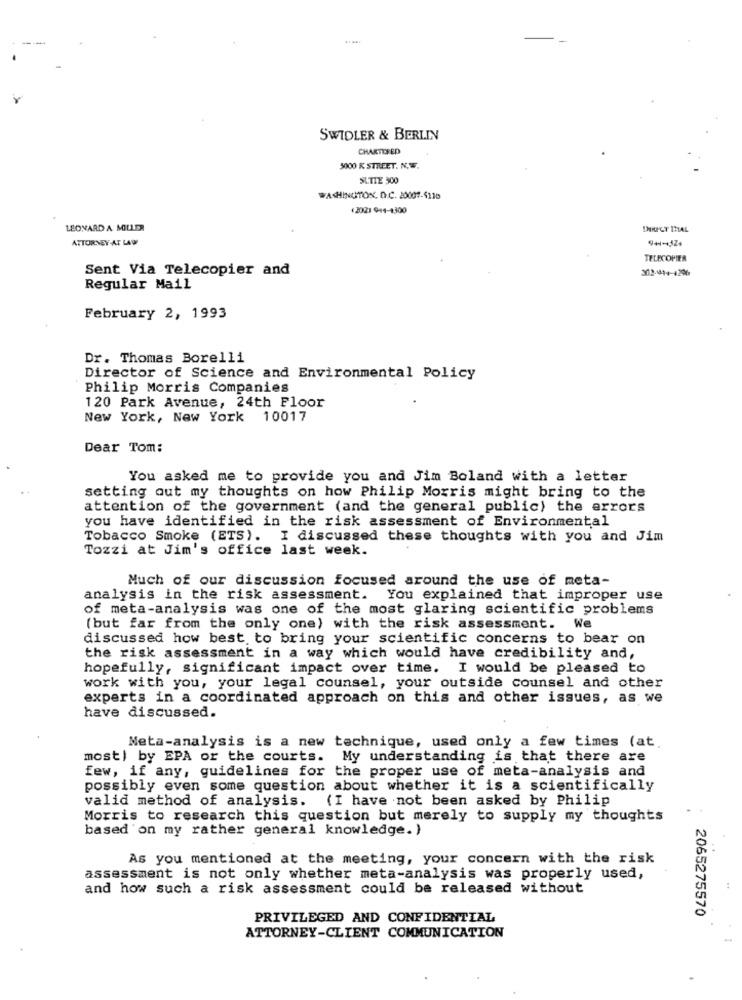
SWIDLER & BERLIN
CHARTERED
5000 K STREET. N.W.
SLTIE 500
WASHINGTON, D.C. 20007-5110
€2021 944-1300
LEONARD A MILLER
IHRPCT IMAL
ATTORNEY-AT LAW
TELECOPIER
Sent Via Telecopier and
Regular Mail
February 2, 1993
Dr. Thomas Borelli
Director of Science and Environmental Policy
Philip Morris Companies
120 Park Avenue, 24th Floor
New York, New York 10017
Dear Tom:
You asked me to provide you and Jim Boland with a letter
setting out my thoughts on how Philip Morris might bring to the
attention of the government (and the general public) the errors
you have identified in the risk assessment of Environmental
Tobacco Smoke (ETS). I discussed these thoughts with you and Jim
Tozzi at Jim's office last week.
Much of our discussion focused around the use of meta-
analysis in the risk assessment.
You explained that improper use
of meta-analysis was one of the most glaring scientific problems
(but far from the only one) with the risk assessment. We
discussed how best to bring your scientific concerns to bear on
the risk assessment in a way which would have credibility and,
hopefully, significant impact over time. I would be pleased to
work with you, your legal counsel, your outside counsel and other
experts in a coordinated approach on this and other issues, as we
have discussed.
Meta-analysis is a new technique, used only a few times (at.
most) by EPA or the courts. My understanding is that there are
few, if any, guidelines for the proper use of meta-analysis and
possibly even some question about whether it is a scientifically
valid method of analysis. (I have not been asked by Philip
Morris to research this question but merely to supply my thoughts
based on my rather general knowledge. )
As you mentioned at the meeting, your concern with the risk
assessment is not only whether meta-analysis was properly used,
and how such a risk assessment could be released without
2065275570
PRIVILEGED AND CONFIDENTIAL
ATTORNEY-CLIENT COMMUNICATION